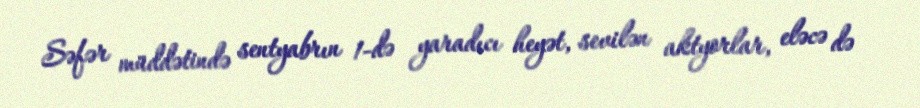
Səfər müddətində sentyabrın 1-də yaradıcı heyət, sevilən aktyorlar, eləcə də